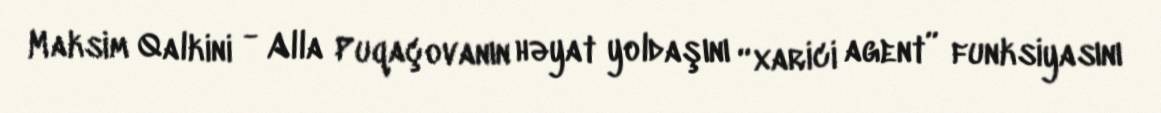
Maksim Qalkini - Alla Puqaçovanın həyat yoldaşını “xarici agent” funksiyasını